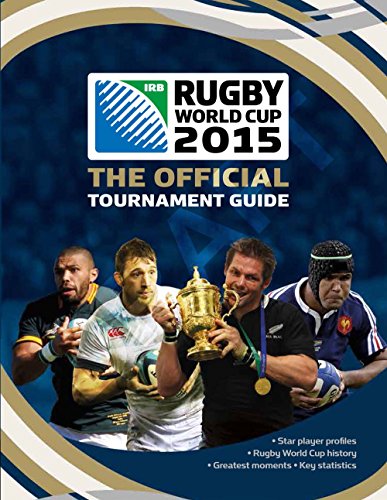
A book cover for IRB Rugby World Cup 2015: The Official Tournament Guide; Andrew Baldock; Sports & Outdoors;